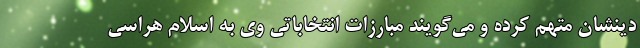
دینشان متهم کرده‌ و می‌گویند مبارزات انتخاباتی وی به اسلام هراسی